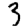
Digit: 3